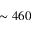
\sim 4 6 0